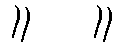
။ ။